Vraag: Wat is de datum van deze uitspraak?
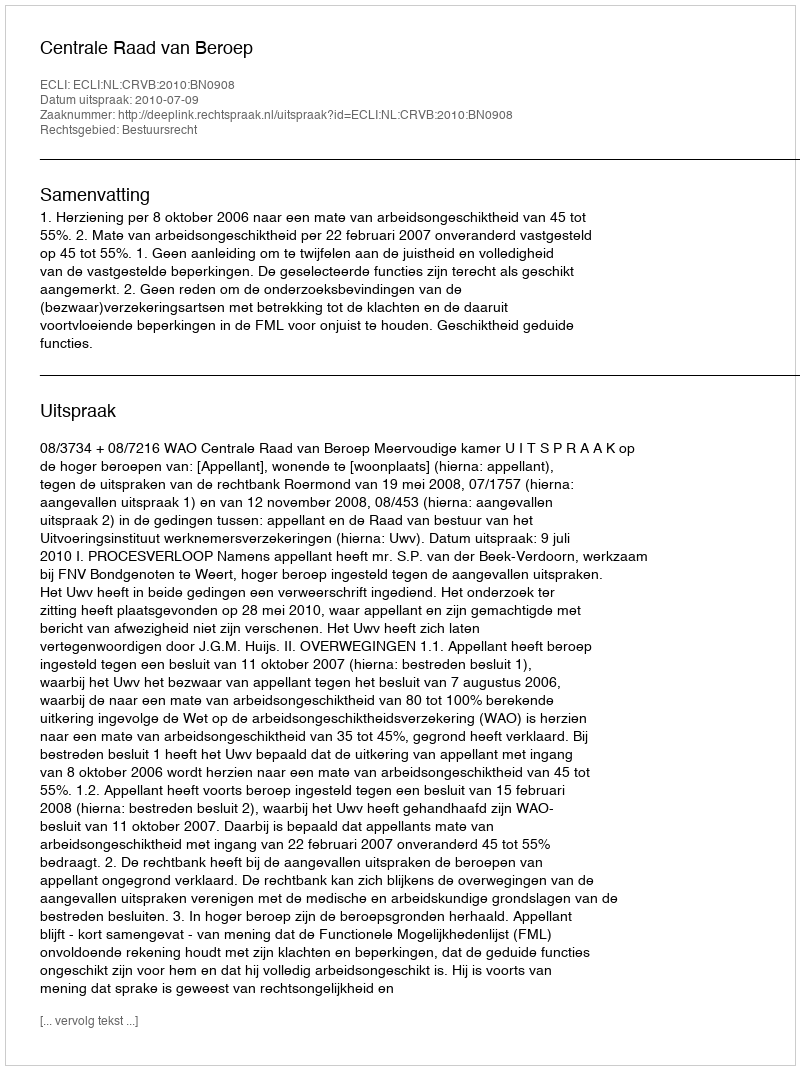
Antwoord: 2010-07-09